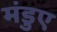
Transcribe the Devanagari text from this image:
मंडुए